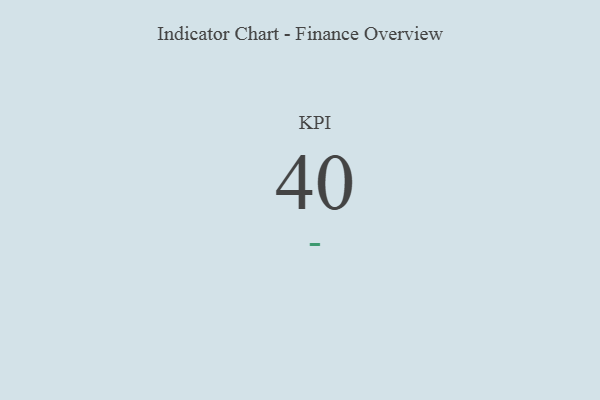
{"axis": {"x": "KPI", "y": "Value"}, "legend": [""], "data": [{"x": "KPI", "y": 40, "type": ""}]}